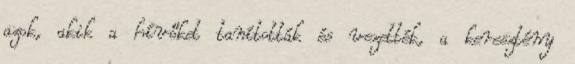
azok, akik a hívőket tanították és vezették, a keresztény